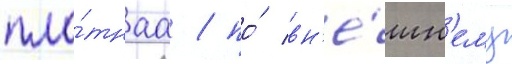
пло́тнаа / по́ вн'е́шн'ему